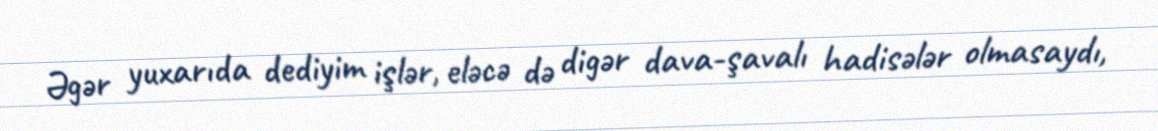
Əgər yuxarıda dediyim işlər, eləcə də digər dava-şavalı hadisələr olmasaydı,